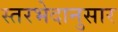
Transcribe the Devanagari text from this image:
स्तरभेदानुसार